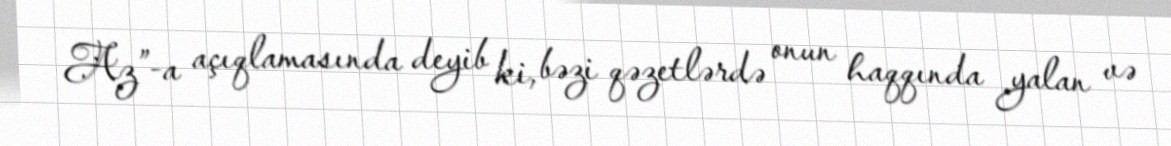
Az”-a açıqlamasında deyib ki, bəzi qəzetlərdə onun haqqında yalan və